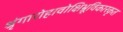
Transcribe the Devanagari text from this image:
श्रृंगारोहावोक्षिभ्रूविकारकृत